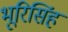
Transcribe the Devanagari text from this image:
भूरिसिंह